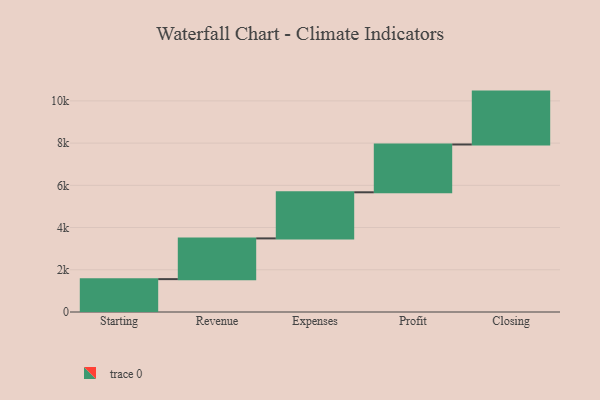
{"axis": {"x": "Step", "y": "Value"}, "legend": [""], "data": [{"x": "Starting", "y": 1557.0, "type": ""}, {"x": "Revenue", "y": 1929.0, "type": ""}, {"x": "Expenses", "y": 2184.0, "type": ""}, {"x": "Profit", "y": 2264.0, "type": ""}, {"x": "Closing", "y": 2505.0, "type": ""}]}